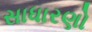
સાધારણો